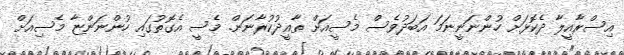
އިސްރާއީލާ ދެކޮޅަށް ހުންނަނީނަމަ އަބަދުވެސް މެސީއަށް ތާއީދުކުރާނަން. މެސީ އެގޮތުގައި ހުންނަންޏާ މެސިއަށް